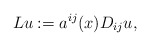
\begin{align*}Lu:=a^{ij}(x)D_{ij}u,\end{align*}